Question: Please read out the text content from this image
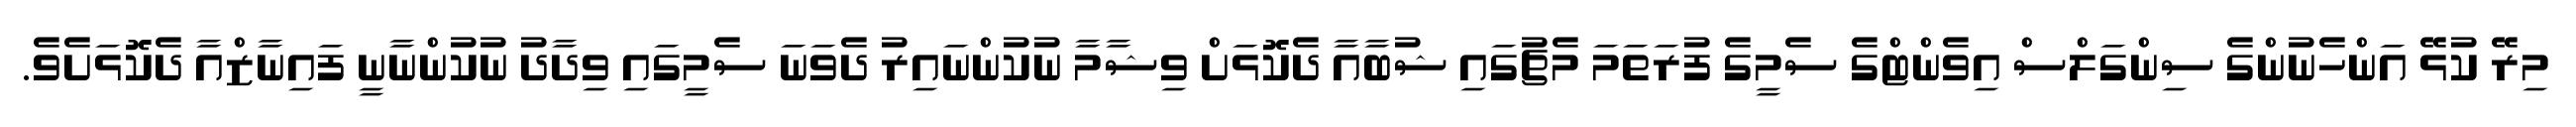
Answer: މިރޭ ކުޅޭ އަންހެނުންގެ ސިންގަލްސް އިވެންޓްގެ ސެމީގެ ފުރަތަމަ މެޗުގައި ޝުބާއާ ދެކޮޅަށް ވިޝާމާ ނުކުންނައިރު ދެވަނަ ސެމީގައި ވިދާދު ނުކުންނާނީ ފައިނާޒްއާ ދެކޮޅަށެވެ.